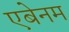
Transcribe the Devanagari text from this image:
एबेनम